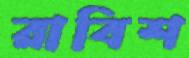
রাবিশ